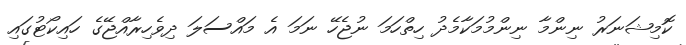
ކޮމިޝަނަރު ނިންމާ ނިންމުމަކާމެދު ހިތްހަމަ ނުޖެހޭ ނަމަ އެ މައްސަލަ ދިވެހިރާއްޖޭގެ ހައިކޯޓުގައި